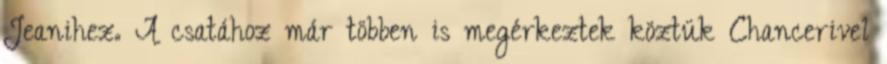
Jeanihez. A csatához már többen is megérkeztek köztük Chancerivel